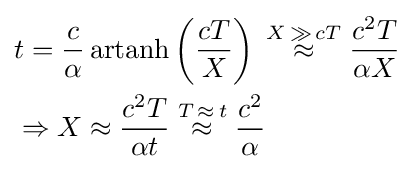
{\begin{aligned}&t={\frac {c}{\alpha }}\operatorname {artanh} \left({\frac {cT}{X}}\right)\;{\overset {X\,\gg \,cT}{\approx }}\;{\frac {c^{2}T}{\alpha X}}\\&\Rightarrow X\approx {\frac {c^{2}T}{\alpha t}}\;{\overset {T\,\approx \,t}{\approx }}\;{\frac {c^{2}}{\alpha }}\end{aligned}}